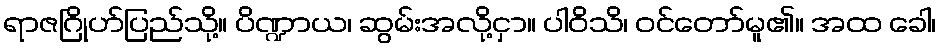
ရာဇဂြိုဟ်ပြည်သို့။ ပိဏ္ဍာယ၊ ဆွမ်းအလို့ငှာ။ ပါဝိသိ၊ ဝင်တော်မူ၏။ အထ ခေါ၊